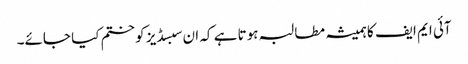
آئی ایم ایف کا ہمیشہ مطالبہ ہوتا ہے کہ ان سبسڈیز کو ختم کیا جائے۔